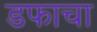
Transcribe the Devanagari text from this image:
डफाचा